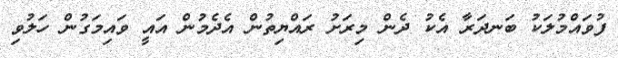
ފުވައްމުލަކު ބަނދަރާ އެކު ދެން މިރަށު ރައްޔިތުން އެދެމުން އައީ ވައިމަގުން ހަލުވި